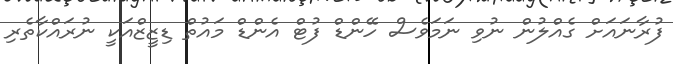
ފުރާނައަށް ގެއްލުން ނުވި ނަމަވެސް ހޭންޑް ފުޓް އެންޑް މައުތް ޑިޒީޒްއަކީ ނުރައްކާތެރި